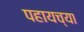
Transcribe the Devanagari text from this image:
पहायच्या